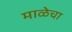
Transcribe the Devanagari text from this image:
माळेचा